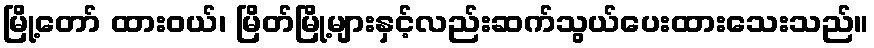
မြို့တော် ထားဝယ်၊ မြိတ်မြို့များနှင့်လည်းဆက်သွယ်ပေးထားသေးသည်။